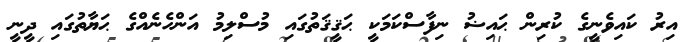
އިރު ކައިވެނީގެ ކުރިން ޙައިޟު ނިފާސްކަމަކީ ޙަޤީޤަތުގައި މުސްލިމު އަންހެނެއްގެ ޙަޔާތުގައި ދީނީ